V__Kingissepa_nim__kolhoos, lk 48
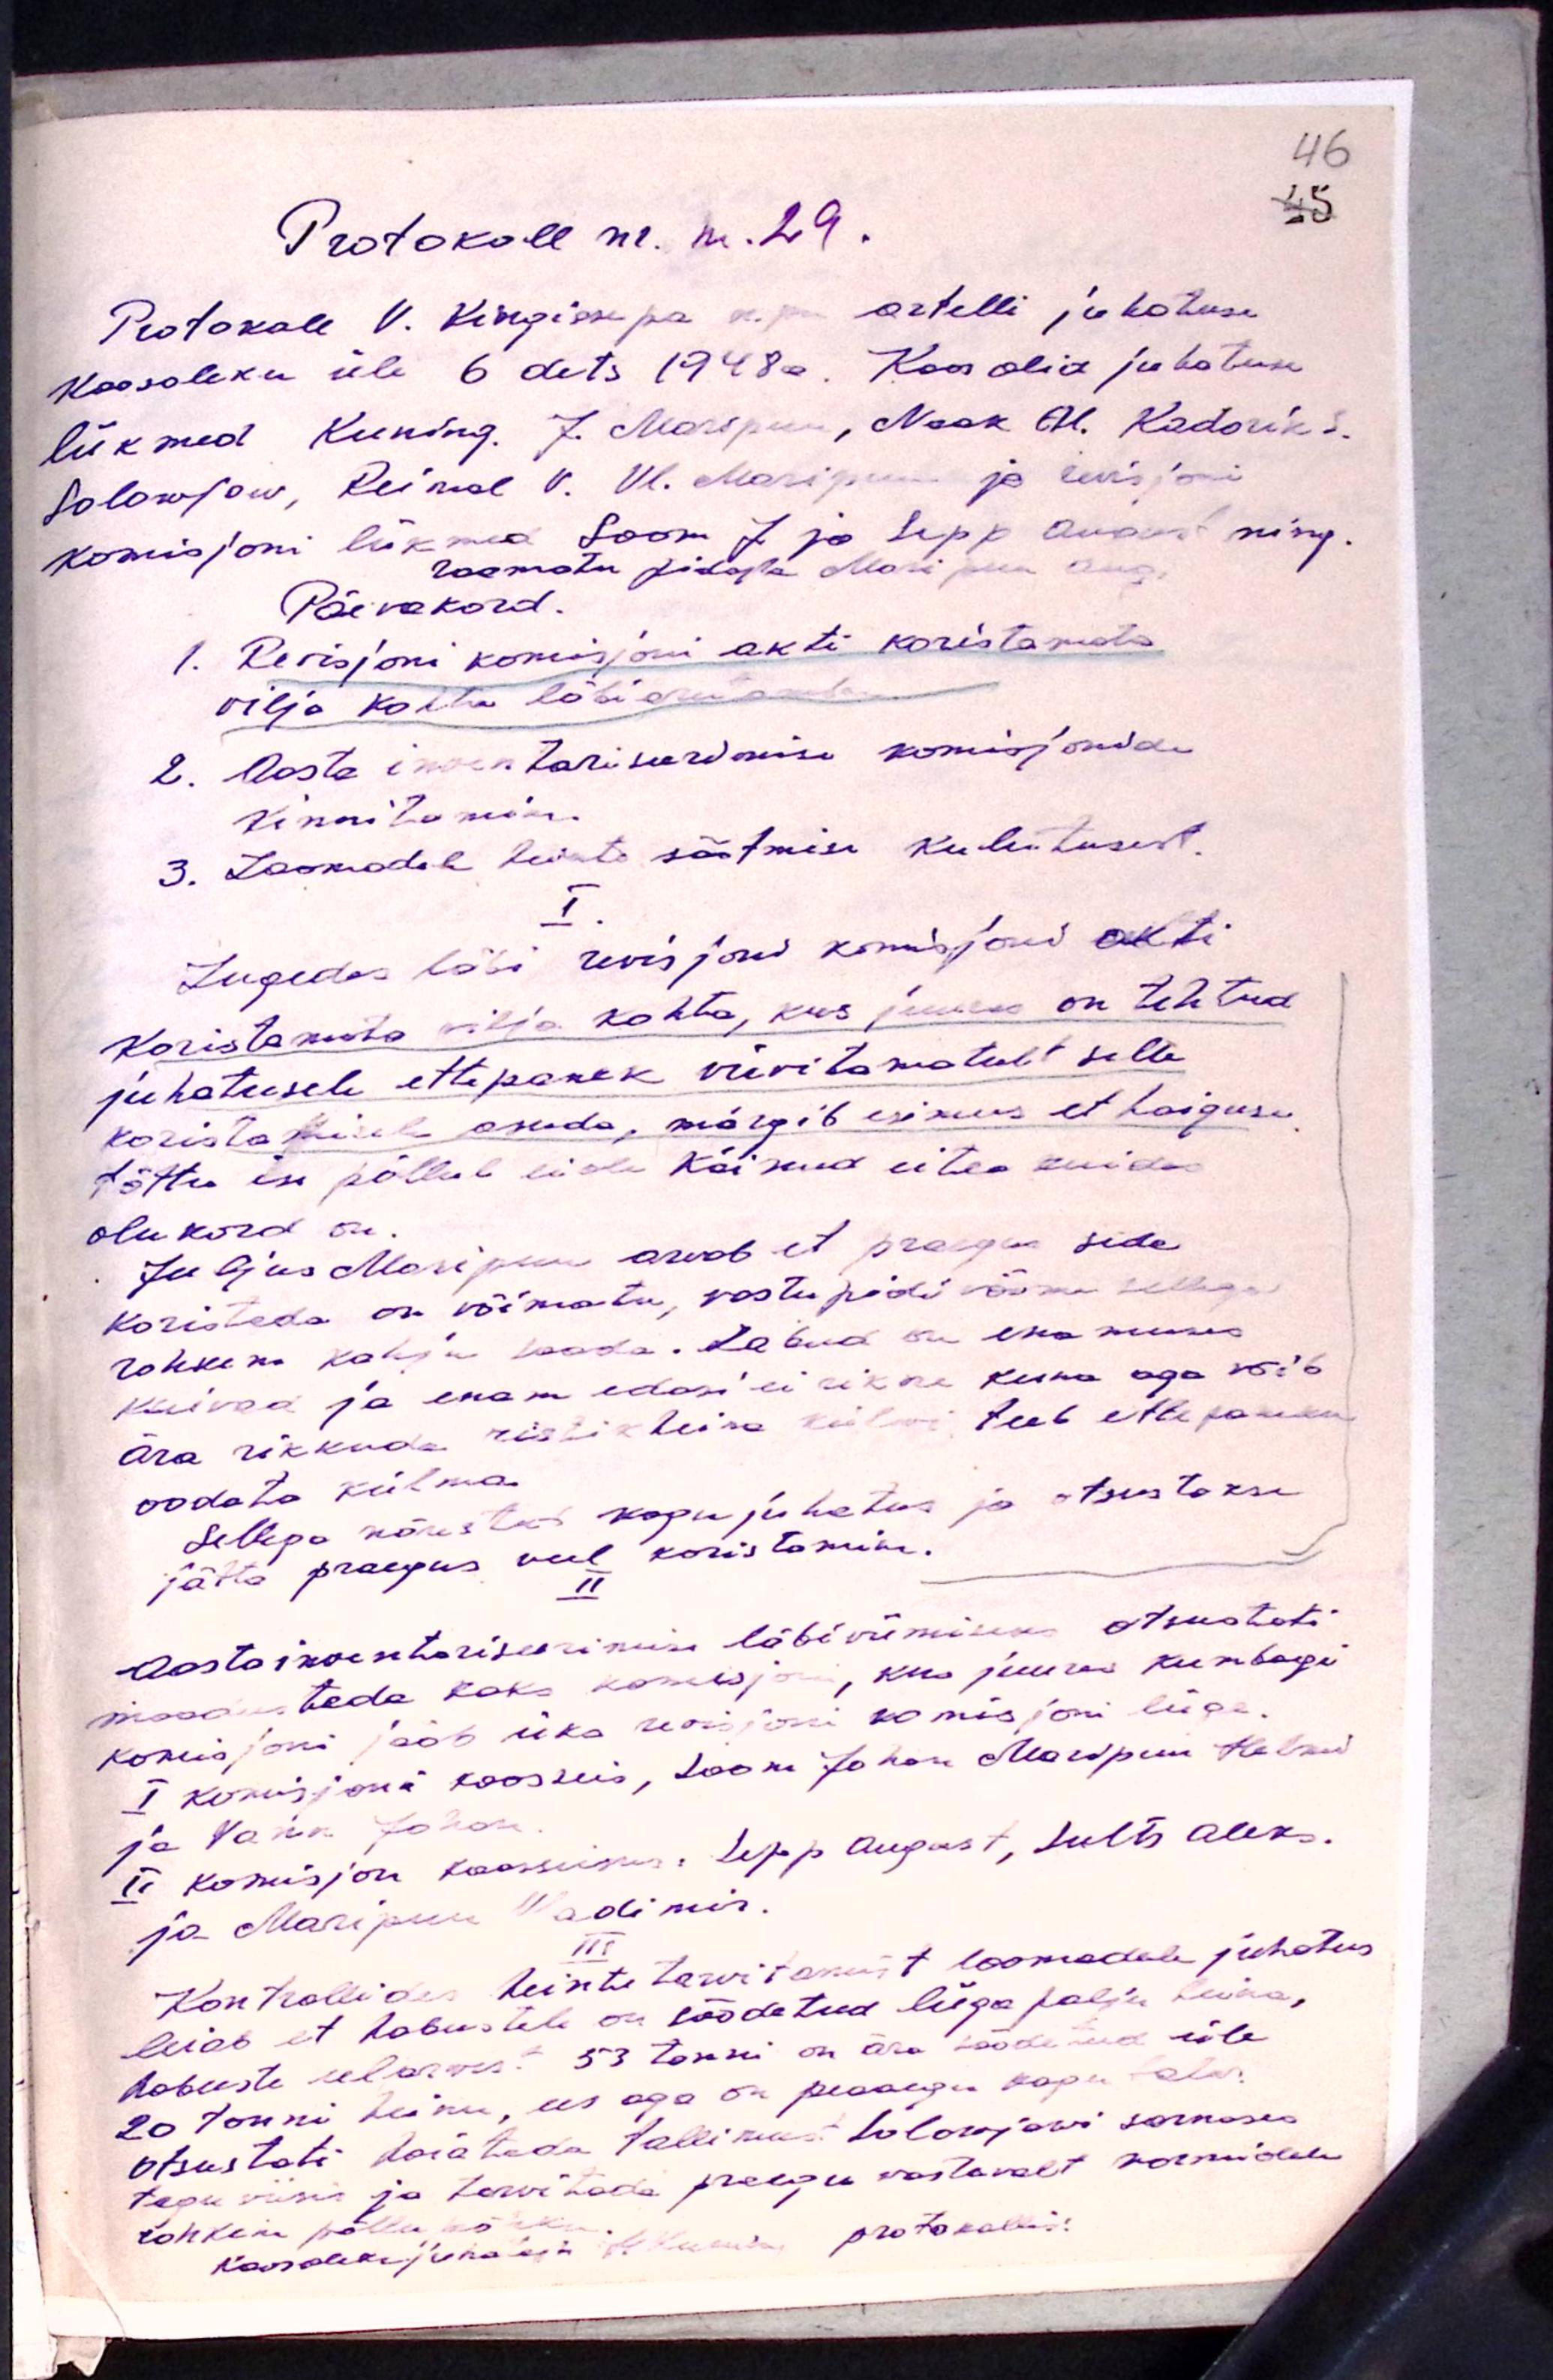
Protokoll nr. nr. 29.
Protokoll V. Kingissepa n. pm. artelli juhatuse
koosoleku üle 6 dets 1948a. Koos olid juhatuse
liikmed Kuning. J. Maripuu, Naak Al. Kadarik S.
Solowjow, Reimal V. Vl. Maripuu ja revisjoni
komisjoni liikmed Soom J ja Sepp August ning.
raamatupidaja Maripu Aug.
Päevakord
1. Revisjoni komisjoni akti koristamata
vilja kohta läbi arutamiseks
2. Aasta inventariseerimise komisjoni
kinnitamine.
3. Loomadele heinte söötmise kulutusest.
I.
Lugedes läbi revisjoni komisjoni akti
Koristamata vilja kohta, kus juures on tehtud
juhatusele ettepanek viivitamatult selle
koristamisele asuda, märgib esimees et haiguse
tõttu ise põllul ei ole käinud ei tea kuidas
olukord on
Juljus Maripuu arvab et praegu sede
koristada on võimatu, vastupidi võime sellega
rohkem kahju saada. Sadud on enamuses
kuivad ja enam edasi ei rikne kuna aga võib
ära rikkuda ristikheina külvi teeb ettepaneku
oodata külma
Sellega nõustas kogu juhatus ja otsustakse
jätta praegus veel koristamine.
II
Aasta inventariseerimise läbiviimiseks otsustati
moodustada kaks komisjoni, kus juures kumbagi
komisjoni jääb üks revisjoni komisjoni liige
I komisjoni koosseis, Soom Johan Maripuu Helmi
ja Vann Johan
II komisjon koosseisus: Sepp August, Sults Aleks.
ja Maripuu Vladimir.
III
Kontrollides heinte tarvitamist loomadele juhatus
leiab, et hobustele on söödetud liiga palju heina,
hobuste eelarves: 53 tonni on ära söödetud üle
20 tonni heinu, ees aga on peaaegu kogu talv:
otsustati hoiatada tallimeest Solowjowi sarnases
teguviisis ja tarvitada praegu vastavalt normidele
rohkem põllurõhku
koosoleku juhataja J. Kuenas protokollis.